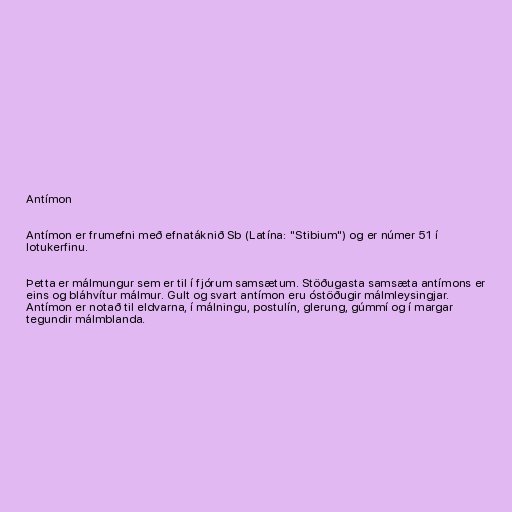
Antímon

Antímon er frumefni með efnatáknið Sb (Latína: "Stibium") og er númer 51 í
lotukerfinu.

Þetta er málmungur sem er til í fjórum samsætum. Stöðugasta samsæta antímons er
eins og bláhvítur málmur. Gult og svart antímon eru óstöðugir málmleysingjar.
Antímon er notað til eldvarna, í málningu, postulín, glerung, gúmmí og í margar
tegundir málmblanda.